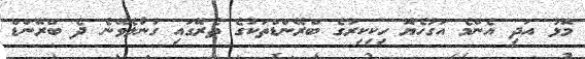
މޮޅު އަދި އެންމެ އަގުހެޔޮ ހިކިކިރުގެ ބްރޭންޑްތަކުގެ ތެރޭގައި ގުނާލެވޭނެ ދެ ބްރޭންޑް